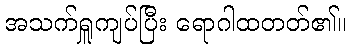
အသက်ရှူကျပ်ပြီး ရောဂါထတတ်၏။